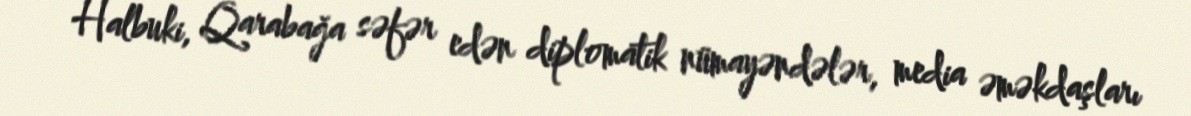
Halbuki, Qarabağa səfər edən diplomatik nümayəndələr, media əməkdaşları